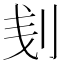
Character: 刬